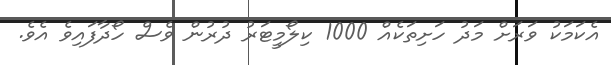
އެކަމަކު ވަރަށް މަދު ހަށިތަކެއް 1000 ކިލޯމީޓަރު ދުރުން ވެސް ހޯދާފައިވެ އެވެ.